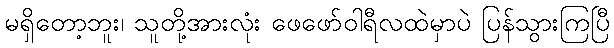
မရှိတော့ဘူး၊ သူတို့အားလုံး ဖေဖော်ဝါရီလထဲမှာပဲ ပြန်သွားကြပြီ